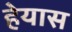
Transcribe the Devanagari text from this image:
हेयास